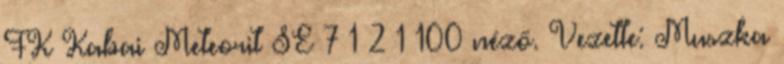
FK–Kabai Meteorit SE 7–1 2–1 100 néző. Vezette: Muszka